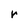
Character: r